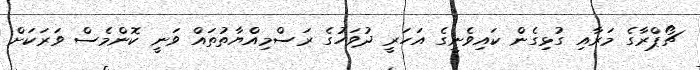
ޗޯޕްރާގެ މަރާއި ގުޅިގެން ކައިވެނީގެ އަހަރީ ދުވަހުގެ ރަސްމިއްޔާތުތައް ވަނީ ކޮންމެސް ވަރަކަށް